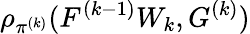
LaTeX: \rho_{\pi^{(k)}}(F^{(k-1)}W_{k},G^{(k)})